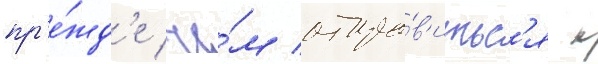
пр'е́жд'е че́м отпра́в'итьс'я к